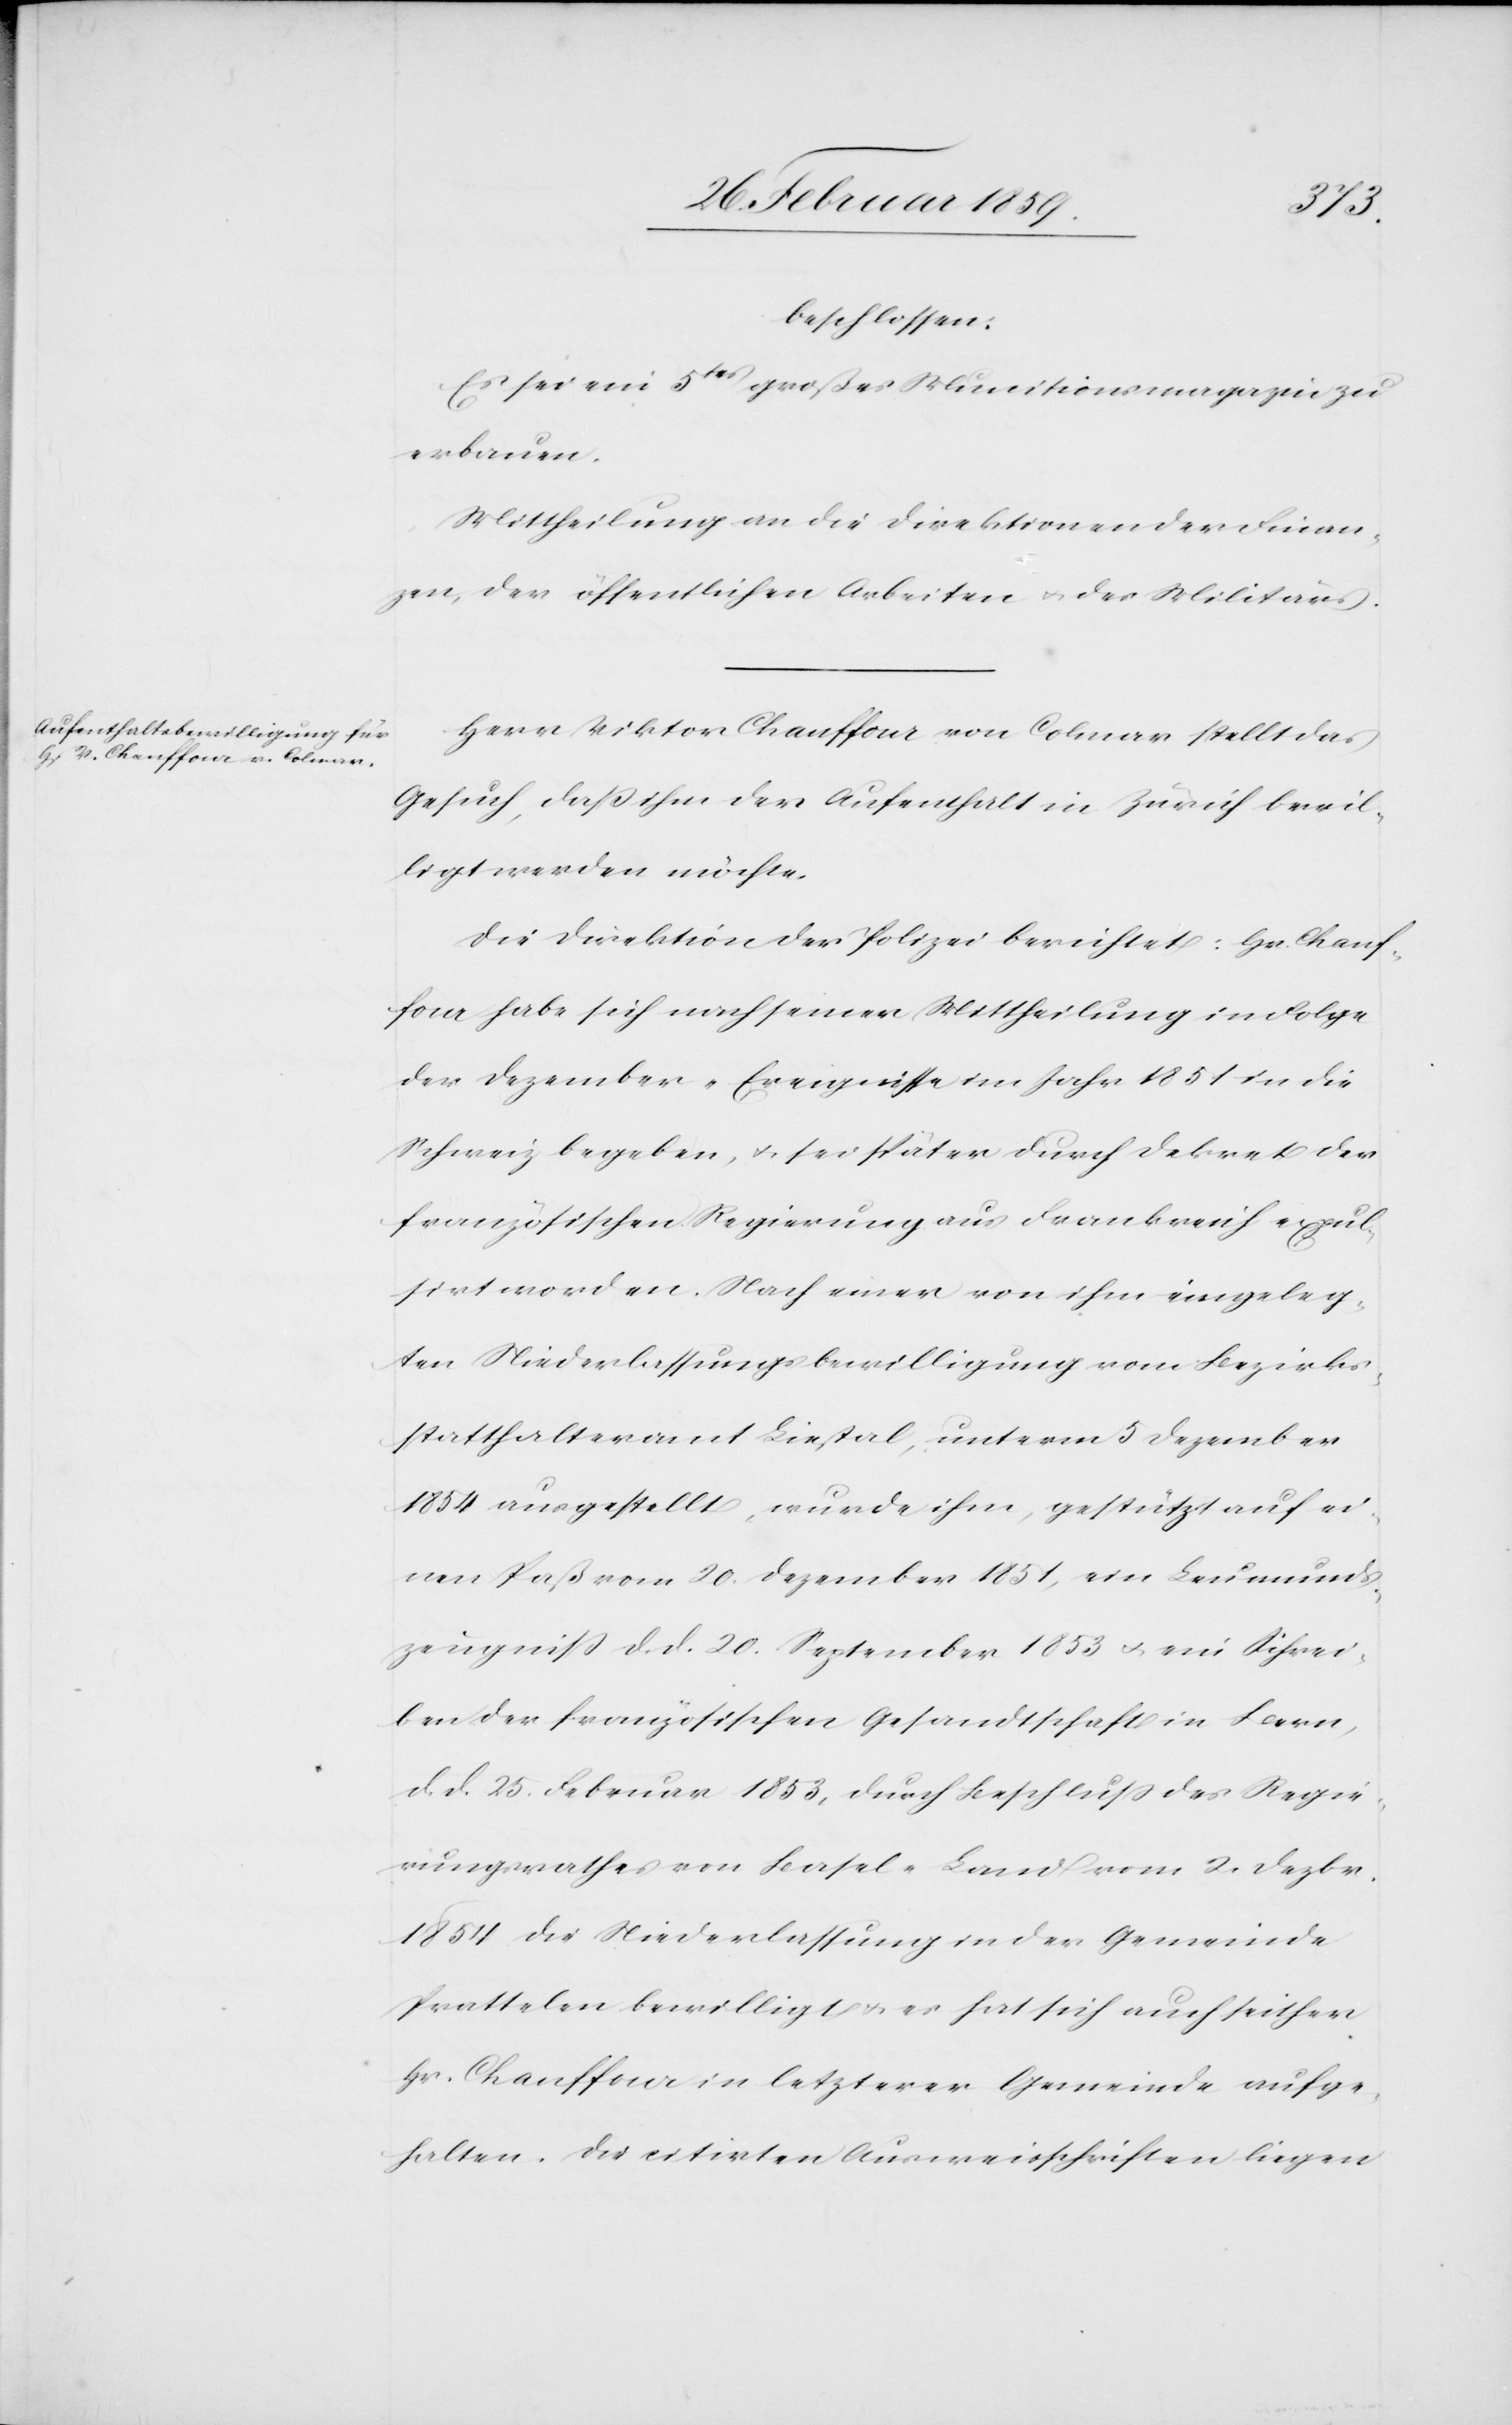
beschlossen:
Es sei ein 5tes grosses Munitionsmagazin zu
erbauen.
Mittheilung an die Direktion der Finan¬
zen, der öffentlichen Arbeiten u. des Militärs.
Herr Viktor Chauffour von Colmar stellt das
Gesuch, daß ihm der Aufenthalt in Zürich bewil¬
ligt werden möchte.
Die Direktion der Polizei berichtet: Hr. Chauf¬
four habe sich nach seiner Mittheilung in Folge
der Dezember-Ereignisse im Jahr 1851 in die
Schweiz begeben, u. sei später durch Dekret der
französischen Regierung aus Frankreich expul¬
sirt worden. Nach einer von ihm eingeleg¬
ten Niederlassungsbewilligung vom Bezirks¬
statthalteramt Liestal, unterm 5 Dezember
1854 ausgestellt, wurde ihm, gestützt auf ei¬
nen Paß vom 20. Dezember 1851, ein Leumunds¬
zeugniß d. d. 20. September 1853 u. ein Schrei¬
ben der französischen Gesandtschaft in Bern,
d. d. 25. Februar 1853, durch Beschluß des Regie¬
rungsrathes von Basel-Land vom 2. Dezbr.
1854 die Niederlassung in der Gemeinde
Prattelen bewilligt u. es hat sich auch seither
Hr. Chauffour in letzterer Gemeinde aufge¬
halten. Die citirten Ausweisschriften liegen